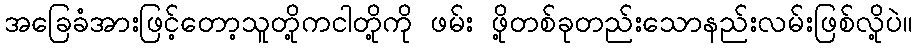
အခြေခံအားဖြင့်တော့သူတို့ကငါတို့ကို ဖမ်း ဖို့တစ်ခုတည်းသောနည်းလမ်းဖြစ်လို့ပဲ။